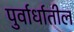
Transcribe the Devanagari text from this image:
पुर्वार्धातील